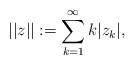
\begin{align*}||z||:=\sum_{k=1}^{\infty} k|z_k|,\end{align*}